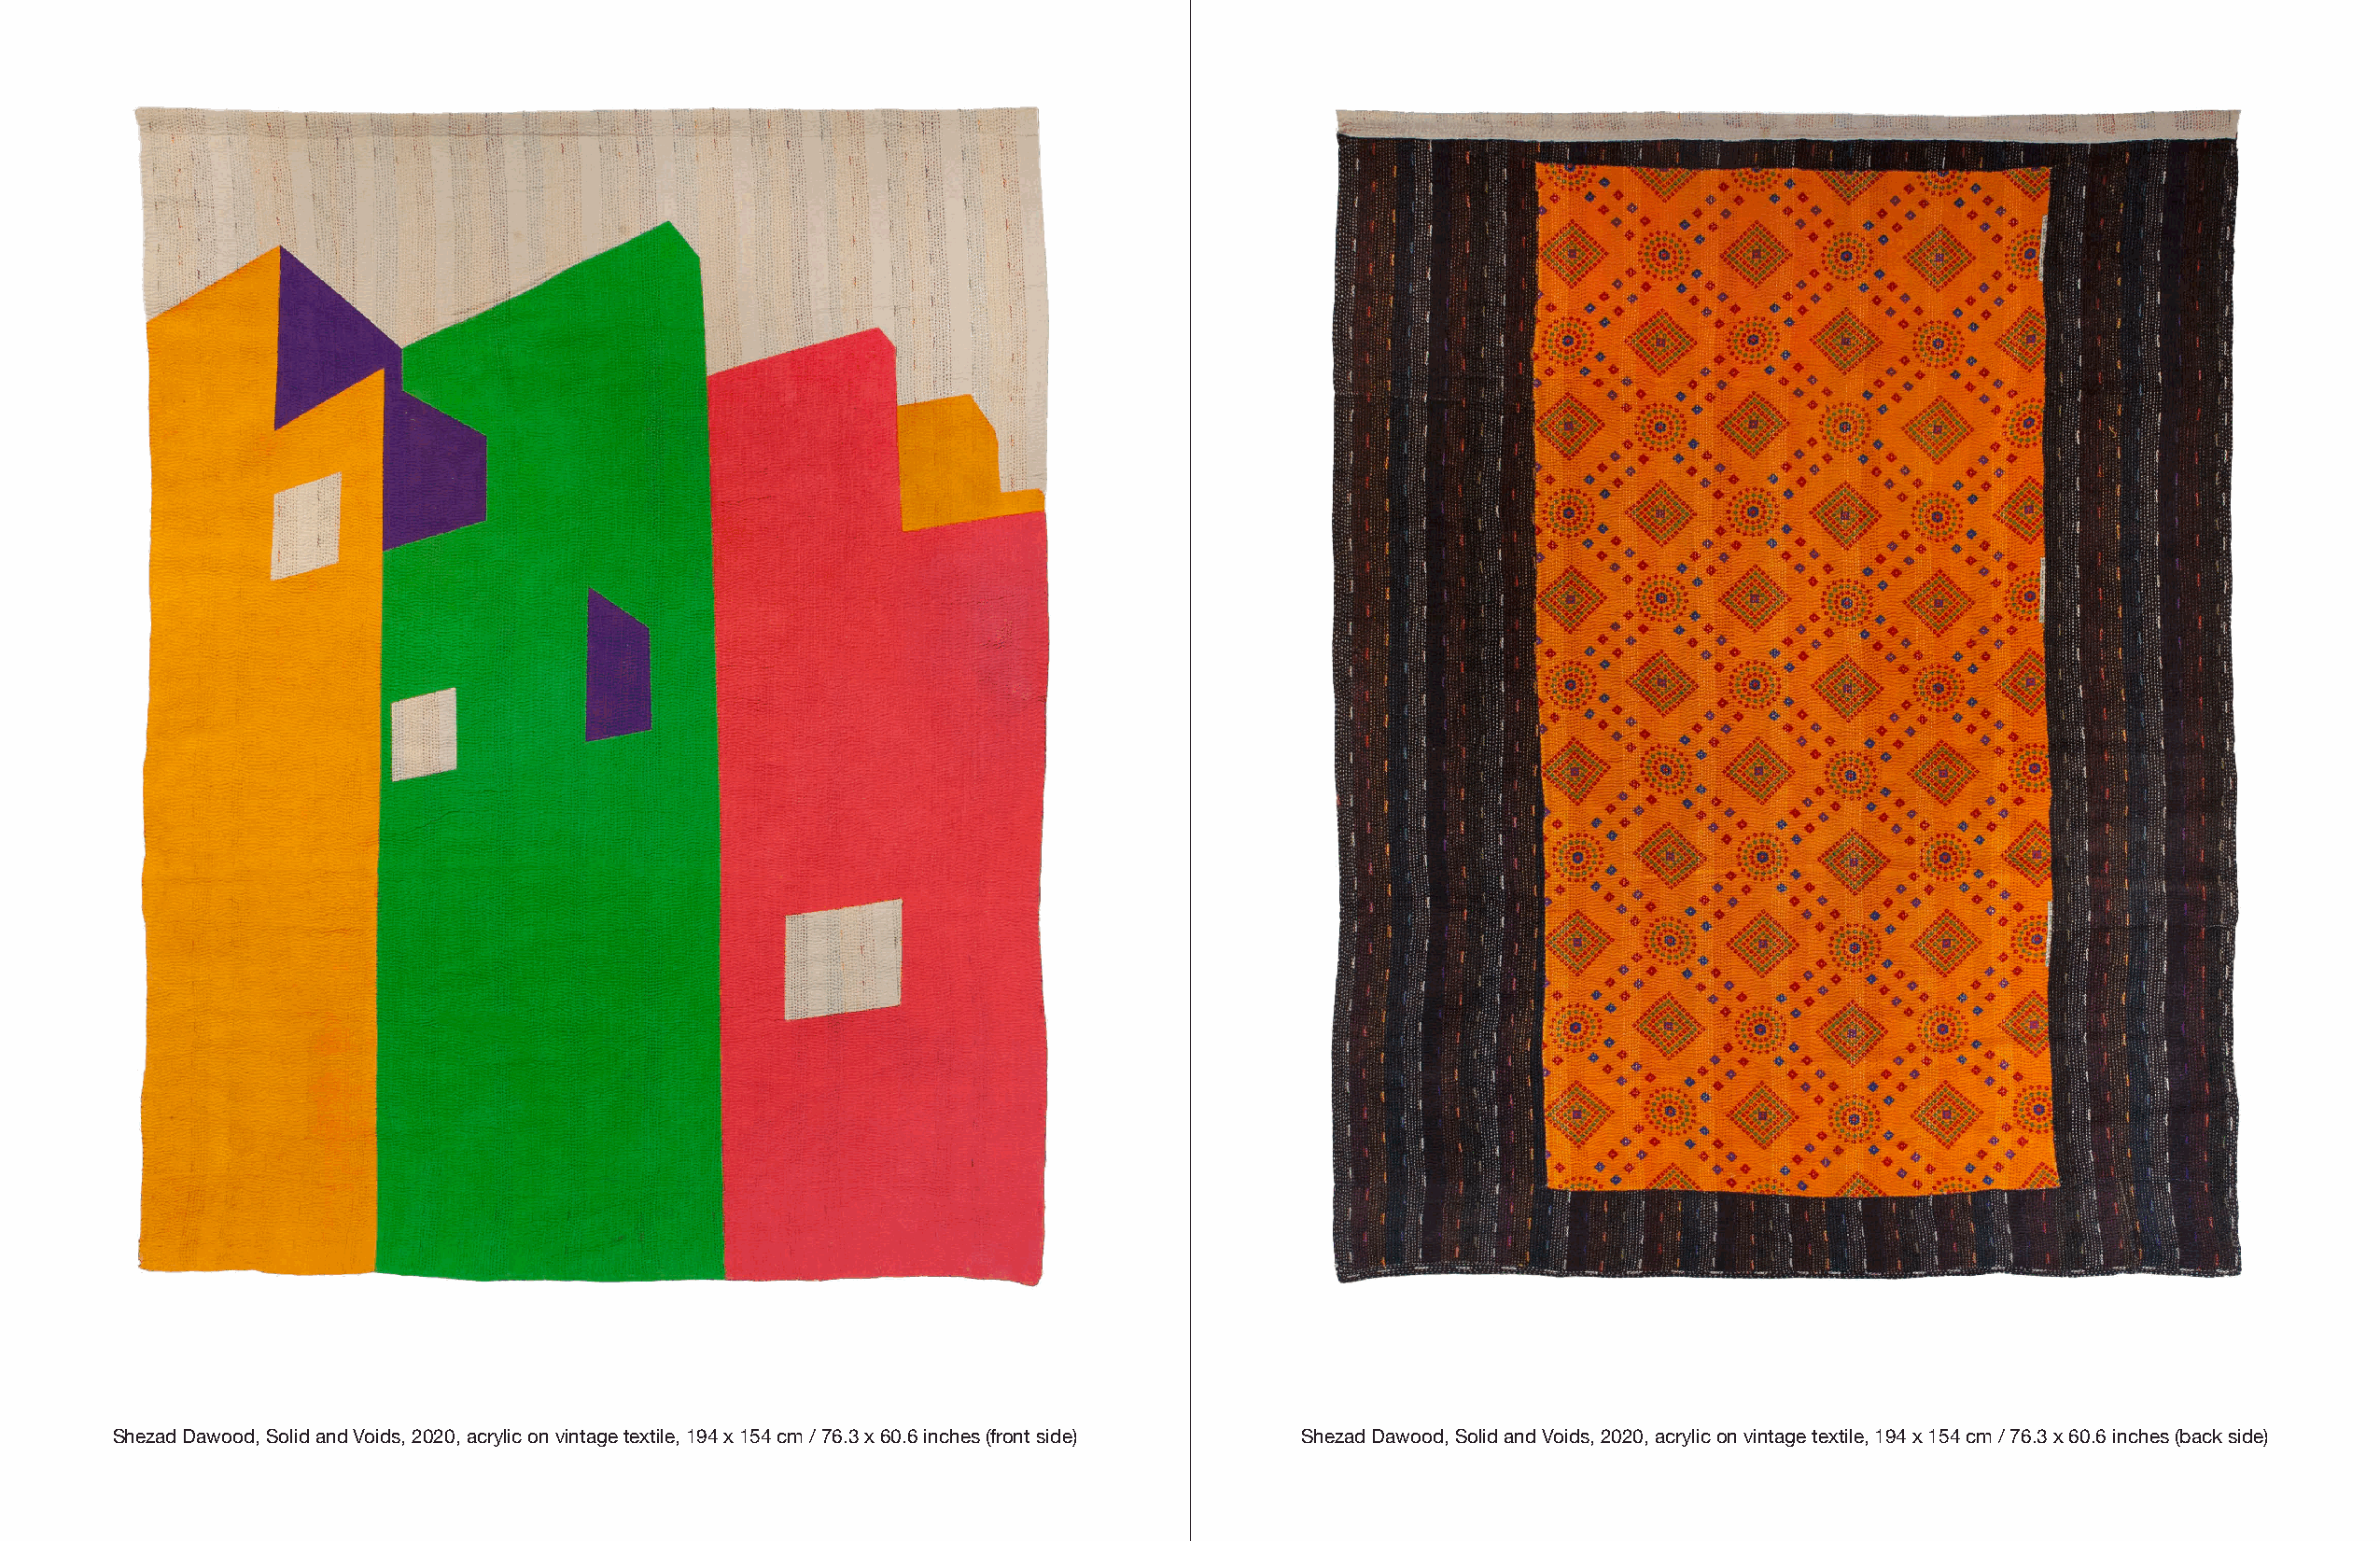
Shezad Dawood, Solid and Voids, 2020, acrylic on vintage textile, 194 x 154 cm / 76.3 x 60.6 inches (front side) Shezad Dawood, Solid and Voids, 2020, acrylic on vintage textile, 194 x 154 cm / 76.3 x 60.6 inches (back side)